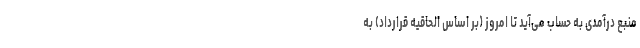
منبع درآمدی به حساب می‌آید تا امروز (بر اساس الحاقیه قرارداد) به